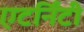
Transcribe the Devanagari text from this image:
एटर्निंटी